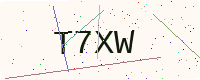
Text: T7XW